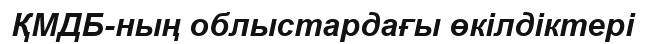
ҚМДБ-ның облыстардағы өкілдіктері